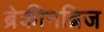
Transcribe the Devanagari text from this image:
ब्रेकीनब्रिज